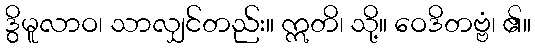
ဒွိမူလာဝ၊ သာလျှင်တည်း။ ဣတိ၊ သို့။ ဝေဒိတဗ္ဗံ၊ ၏။